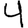
Digit: 4